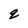
Character: q